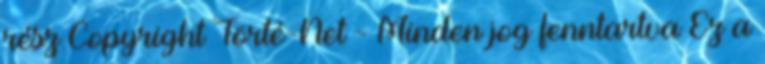
rész Copyright Törté-Net - Minden jog fenntartva Ez a